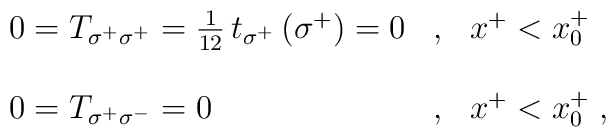
\begin{array}{lll}0=T_{\sigma^+\sigma^+}={1\over12}\,t_{\sigma^+}\left(\sigma^+\right)=0&,&x^+<x^+_0\\\\0=T_{\sigma^+\sigma^-}=0&,&x^+<x^+_0\;,\end{array}